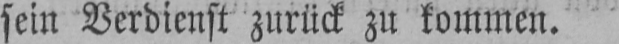
sein Verdienst zurück zu kommen.